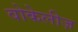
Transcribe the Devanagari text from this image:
वोकेलीज़